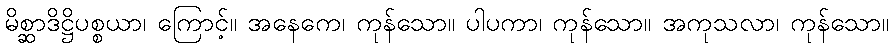
မိစ္ဆာဒိဋ္ဌိပစ္စယာ၊ ကြောင့်။ အနေကေ၊ ကုန်သော။ ပါပကာ၊ ကုန်သော။ အကုသလာ၊ ကုန်သော။